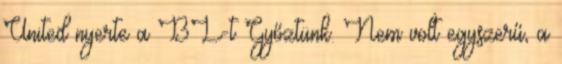
United nyerte a BL-t Győztünk. Nem volt egyszerű, a